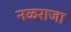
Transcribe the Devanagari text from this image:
नळराजा